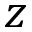
z